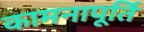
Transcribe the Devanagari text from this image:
कामनापूर्ति